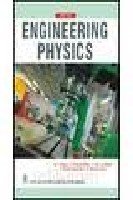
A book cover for Engineering Physics; Basu K. Prabir; Science & Math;